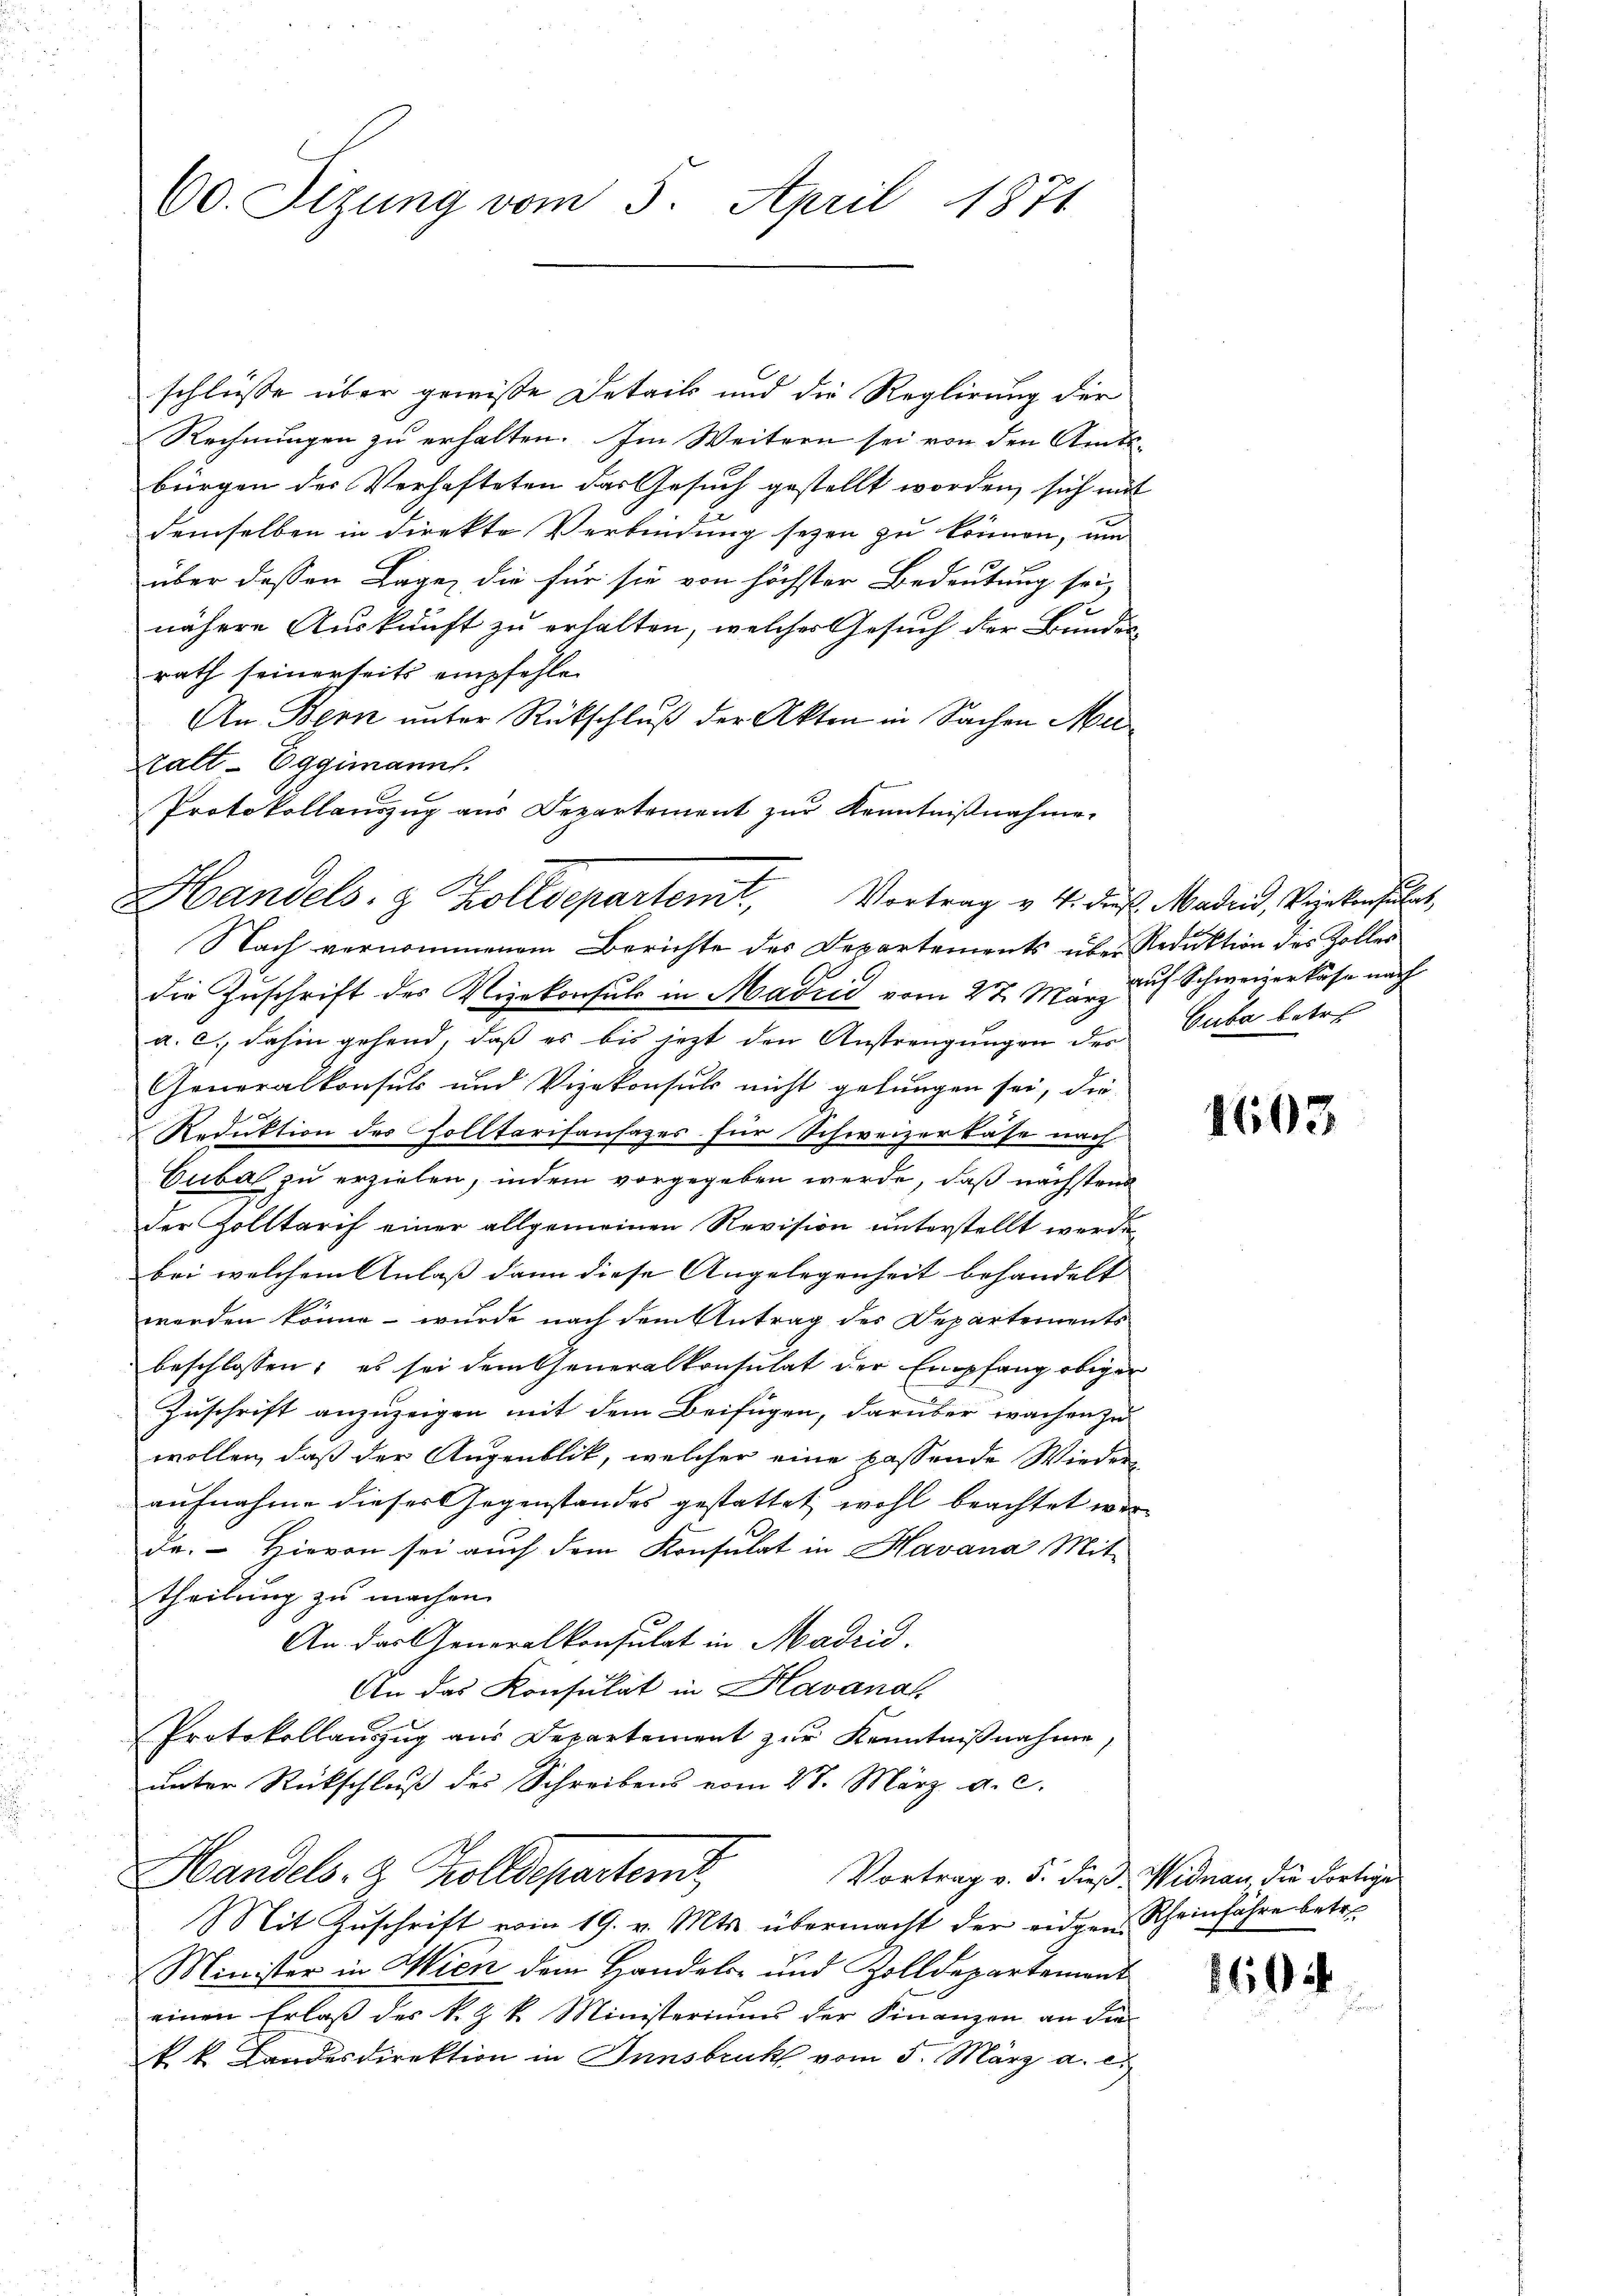
60. Sizung vom 5. April 1871

schlüsse über gewiße Details und die Reglirung der
Rechnungen zu erhalten. Im Weitern sei von den Amts-
bürgen des Verhafteten das Gesuch gestellt worden, sich mit
demselben in direkte Verbindung seyen zu können, um
über dessen Lage, die für sie von höchster Bedeutung sei,
nähere Auskunft zu erhalten, welcher Gesuch der Bundes
rath seinerseits empfehlen
An Bern unter Rückschluß der Akten in Sachen Mualt-Eggimannt.
Protokollanszŭg aŭs Departement zŭr Kenntniβnahme.
die Zuschrift des Vizekonsuls in Madrid vom 27. März auf Schweizers nach
a. c. dahin gehend, daß es bis jezt den Anstrengungen der Cuba betre¬
Generalkonsuls und Vizekonsuls nicht gelungen sei, die
Reduktion des Zolltarisansazes für Schweizerkäse nach
Cubal zu erzielen, indem vorgegeben werde, daß nächstend
der Zolltarif einer allgemeinen Revision unterstellt werde,
bei welchem Anlaß dann diese Angelegenheit behandelt
werden könne - wurde nach dem Antrag des Departements
beschlossen; es sei dem Generalkonsulat der Empfang obiger
Zuschrift anzuzeigen mit dem Beifügen, darüber wachen zu
wollen, daß der Augenblik, welcher eine passende Wieder-
aufnahme dieser Gegenstandes gestattet wohl beachtet werde. Hievon sei auch dem Konsulat in Havana Mit-
theilung zu machen.
An das Generalkonsulat in Madrid.
An das Konsulat in Havanal
Protokollauszug aus Departement zŭr Kenntnißnahme,
unter Rückschluß des Schreibens vom 27. März a. c.
Handels- & Kolldeparten
Vortrag v. 5. dieß. Widman die dortige
Mit Zŭschrift vom 19. v. Mts. übermacht der eidgen. Scheinfahre betre
Minister in Wien dem Handels- und Zolldepartemont
einen Erlaß des k. k. Ministeriums der Finanzen an die
k. k. Landesdirektion in Innsbruck vom 5. März a. c.

Handels- & Zolldepartent, Vortrag v. 4. dies Maden, Vizekonsulat,
Nach vernommenem Berichte des Departements über Reduktion des Zoller

1603

1604